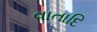
વાતાદિ